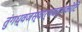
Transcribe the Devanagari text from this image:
तुंगध्वजस्वार्थबद्धकोटि